Indian journal of veterinary science and animal husbandry - Volumes 18-21, 1948-1951
Year: 1948
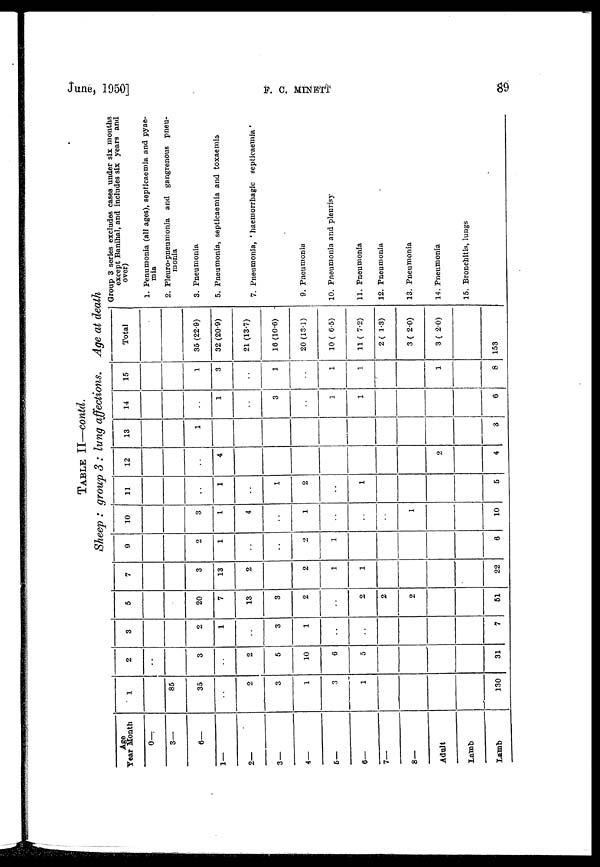
June, 1950]
F.
C.
MINETT
89
TABLE II—contd.
Sheep : group 3 : lung affections. Age at death
Age
Year
1—
2—
3—
4—
5—
6—
7—
8—
Adult
Lamb
Lamb
Month
0—
3—
6—
1
85
35
. .
2
3
1
3
1
130
2
. .
3
. .
2
5
10
6
5
31
3
2
1
. .
3
1
. .
7
5
20
7
13
3
2
. .
2
2
2
51
7
3
13
2
2
1
1
22
9
2
1
. .
. .
2
1
6
10
3
1
4
. .
1
. .
. .
. .
1
10
11
. .
1
. .
1
2
. .
1
5
12
. .
4
2
4
13
1
3
14
. .
1
. .
3
. .
1
1
6
15
1
3
. .
1
. .
1
1
1
8
Total
36 (22.9)
32 (20.9)
21 (13.7)
16 (10.6)
20 (13.1)
10 (6.5)
11 (7.2)
2 (1.3)
3 (2.0)
3 (2.0)
153
Group 3 series excludes cases under six months
except Banihal, and includes six years and
over)
1. Penumonia (all ages), septicaemia and pyae-
mia
2. Pleuro-pneumonia and gangrenous pneu-
monia
3. Pneumonia
5. Pneumonia, septicaemia and toxaemia
7. Pneumonia, 'haemorrhagic septicaemia'
9. Pneumonia
10. Pneumonia and pleurisy
11. Pneumonia
12. Pneumonia
13. Pneumonia
14. Pneumonia
15. Bronchitis, lungs